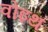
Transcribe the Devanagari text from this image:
वोइथ